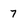
Character: 7